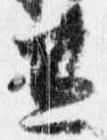
兼